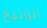
الزرنيخ